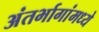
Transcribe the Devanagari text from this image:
अंतर्भागांमध्ये